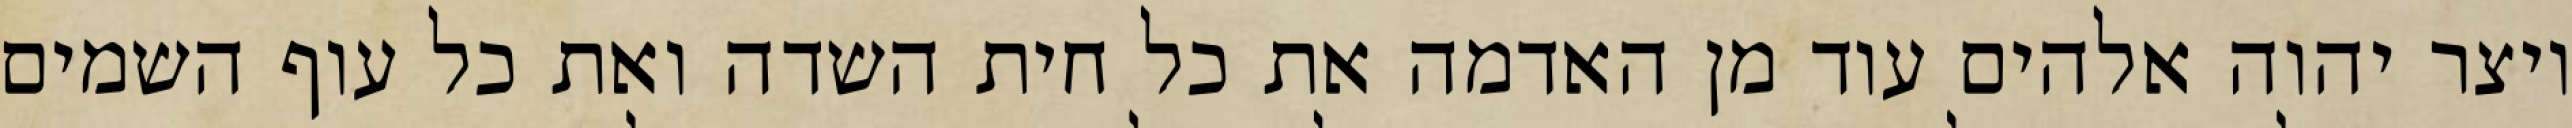
ויצר יהוה אלהים עוד מן האדמה את כל חית השדה ואת כל עוף השמים